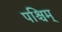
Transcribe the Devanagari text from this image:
पश्चिम्